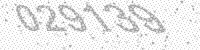
Solution: 029139